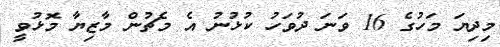
މިދިޔަ މަހުގެ 16 ވަނަ ދުވަހު ކުޅުނު އެ މެޗުން މާޒިޔާ މޮޅުވީ